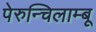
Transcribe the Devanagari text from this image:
पेरुन्चिलाम्बू